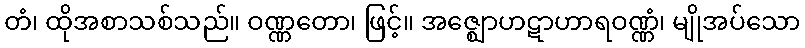
တံ၊ ထိုအစာသစ်သည်။ ဝဏ္ဏတော၊ ဖြင့်။ အဇ္ဈောဟဋာဟာရဝဏ္ဏံ၊ မျိုအပ်သော